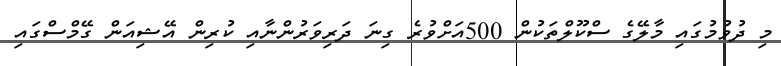
މި ދުވުމުގައި މާލޭގެ ސްކޫލްތަކުން 500އަށްވުރެ ގިނަ ދަރިވަރުންނާއި ކުރިން އޭޝިއަން ގޭމްސްގައި